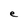
Character: e